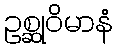
ဥစ္ဆုဝိမာနံ